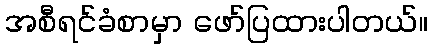
အစီရင်ခံစာမှာ ဖော်ပြထားပါတယ်။